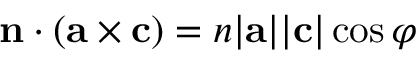
\mathbf { n } \cdot ( \mathbf { { a } \times { c } } ) = n | \mathbf { a } | | \mathbf { c } | \cos \varphi